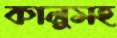
কালুসহ